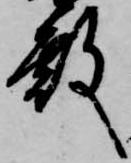
殿